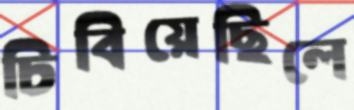
চিবিয়েছিলে